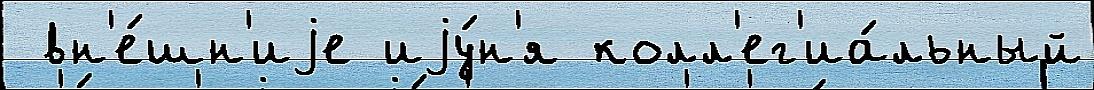
 вн'е́шн'иjе иjу́н'я колл'ег'иа́льный